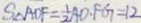
S _ { \Delta } A O F = \frac { 1 } { 2 } A D . F G = 1 2